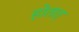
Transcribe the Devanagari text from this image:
होतात्